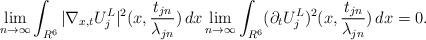
LaTeX: \begin{align*}\lim_{n\to\infty}\int_{R^6}|\nabla_{x,t}U_j^L|^2(x,\frac{t_{jn}}{\lambda_{jn}})\,dx\lim_{n\to\infty}\int_{R^6}(\partial_tU_j^L)^2(x,\frac{t_{jn}}{\lambda_{jn}})\,dx=0.\end{align*}